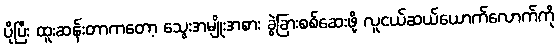
ပိုပြီး ထူးဆန်းတာကတော့ သွေးအမျိုးအစား ခွဲခြားစစ်ဆေးဖို့ လူငယ်ဆယ်ယောက်လောက်ကို